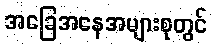
အခြေအနေအများစုတွင်